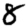
Digit: 8